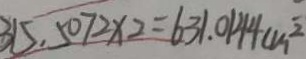
3 1 5 . 5 0 7 2 \times 2 = 6 3 1 . 0 1 4 4 c m ^ { 2 }